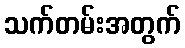
သက်တမ်းအတွက်